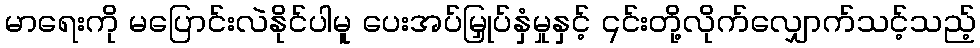
မာရေးကို မပြောင်းလဲနိုင်ပါမူ ပေးအပ်မြှုပ်နှံမှုနှင့် ၎င်းတို့လိုက်လျှောက်သင့်သည့်